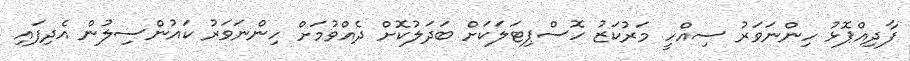
ފާދިއްޕޮޅު ހިންނަވަރު ސިއްހީ މަރުކަޒު ހޮސްޕިޓަލަކަށް ބަދަލުކޮށް ދެއްވުމަށް ހިންނަވަރު ކައުންސިލުން އެދިފައި